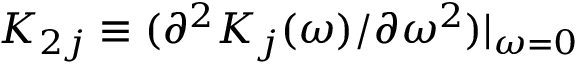
K _ { 2 j } \equiv ( \partial ^ { 2 } K _ { j } ( \omega ) / \partial \omega ^ { 2 } ) | _ { \omega = 0 }